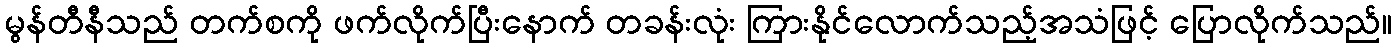
မွန်တီနီသည် တက်စကို ဖက်လိုက်ပြီးနောက် တခန်းလုံး ကြားနိုင်လောက်သည့်အသံဖြင့် ပြောလိုက်သည်။